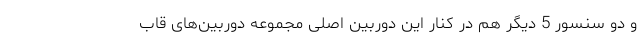
و دو سنسور 5 دیگر هم در کنار این دوربین اصلی مجموعه دوربین‌های قاب